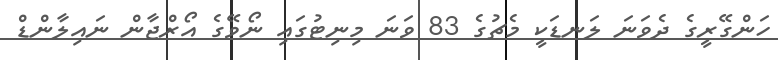
ހަންގޭރީގެ ދެވަނަ ލަނޑަކީ މެޗުގެ 83 ވަނަ މިނިޓުގައި ނޯވޭގެ އޯރްޖާން ނައިލާންޑް